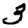
Digit: 3